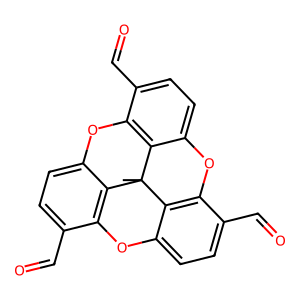
SMILES: CC12c3c4ccc(C=O)c3Oc3ccc(C=O)c(c31)Oc1ccc(C=O)c(c12)O4
Inhibits HIV replication: No